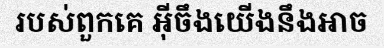
របស់ពួកគេ អ៊ីចឹងយើងនឹងអាច